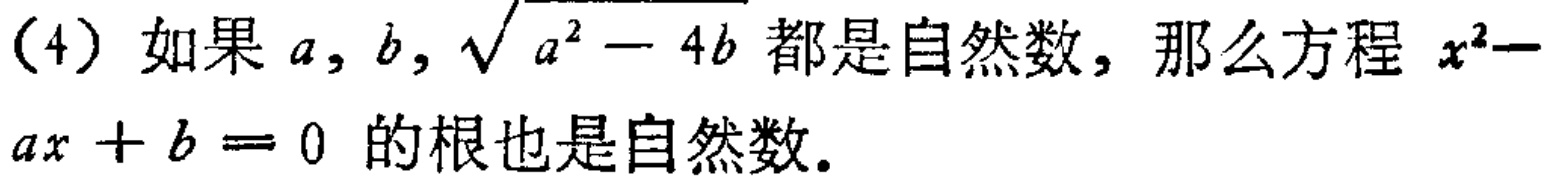
(4) 如果 \(a,b,\sqrt{a^{2}-4b}\) 都是自然数，那么方程 \(x^{2}-ax + b = 0\) 的根也是自然数。